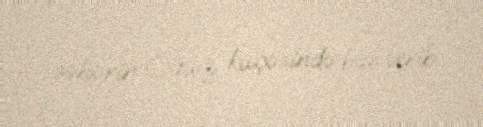
səhərin Oğuz küçəsində baş verib.